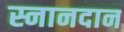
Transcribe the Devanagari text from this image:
स्नानदान